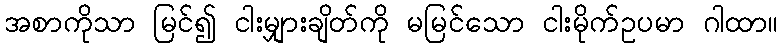
အစာကိုသာ မြင်၍ ငါးမျှားချိတ်ကို မမြင်သော ငါးမိုက်ဥပမာ ဂါထာ။